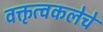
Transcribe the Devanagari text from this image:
वक्तृत्वकलेचे